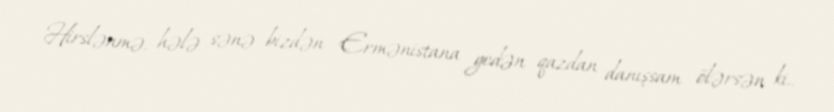
Hirslənmə, hələ sənə bizdən Ermənistana gedən qazdan danışsam ölərsən ki..